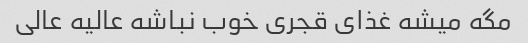
مگه میشه غذای قجری خوب نباشه عالیه عالی